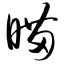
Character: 瞄